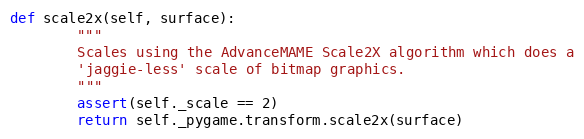
Language: Python
def scale2x(self, surface):
        """
        Scales using the AdvanceMAME Scale2X algorithm which does a
        'jaggie-less' scale of bitmap graphics.
        """
        assert(self._scale == 2)
        return self._pygame.transform.scale2x(surface)